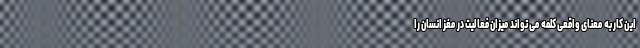
این کار به معنای واقعی کلمه می تواند میزان فعالیت در مغز انسان را